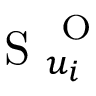
\mathrm { ~ S ~ } _ { u _ { i } } ^ { \mathrm { ~ O ~ } }